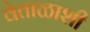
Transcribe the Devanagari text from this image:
वेताळाशी